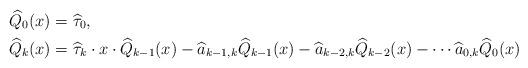
LaTeX: \begin{align*}\widehat{Q}_0(x) &= \widehat{\tau}_0, \\\widehat{Q}_k(x) &= \widehat{\tau}_k \cdot x \cdot \widehat{Q}_{k-1}(x) - \widehat{a}_{k-1, k}\widehat{Q}_{k-1}(x)- \widehat{a}_{k-2, k}\widehat{Q}_{k-2}(x) - \cdots \widehat{a}_{0, k}\widehat{Q}_{0}(x) \end{align*}